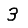
Digit: 3